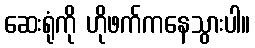
ဆေးရုံကို ဟိုဖက်ကနေသွားပါ။